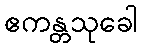
ဧကန္တသုခေါ